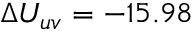
\Delta U _ { u v } = - 1 5 . 9 8